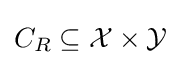
C_{R}\subseteq {\mathcal {X}}\times {\mathcal {Y}}